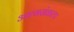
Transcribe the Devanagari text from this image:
आत्मसंकल्प